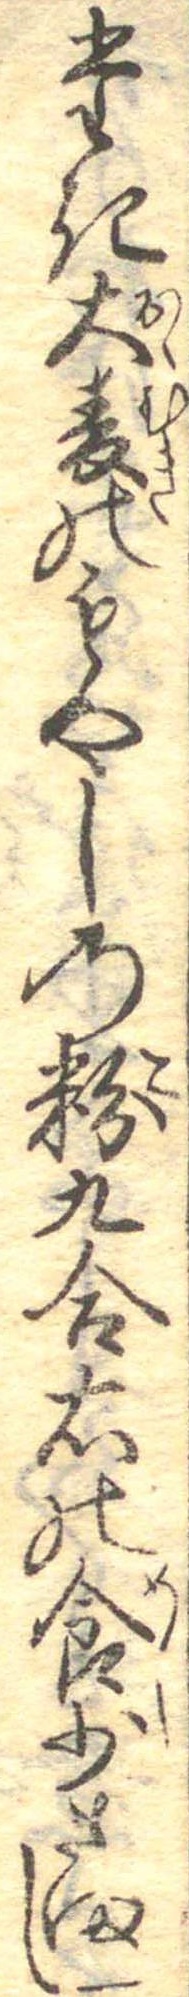
たき大麦のもやしの粉九合右の食少さまし